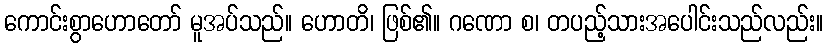
ကောင်းစွာဟောတော် မူအပ်သည်။ ဟောတိ၊ ဖြစ်၏။ ဂဏော စ၊ တပည့်သားအပေါင်းသည်လည်း။